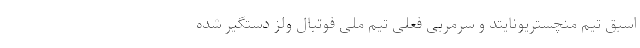
اسبق تیم منچستریونایتد و سرمربی فعلی تیم ملی فوتبال ولز دستگیر شده